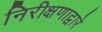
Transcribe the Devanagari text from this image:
निरीक्षणाद्वारे